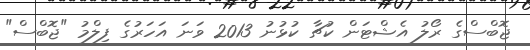
ޖޮބްސްގެ ރޯލު އެޝްޓަން ކުޗާ ކުޅުނު 2013 ވަނަ އަހަރުގެ ފިލްމު "ޖޮބްސް"